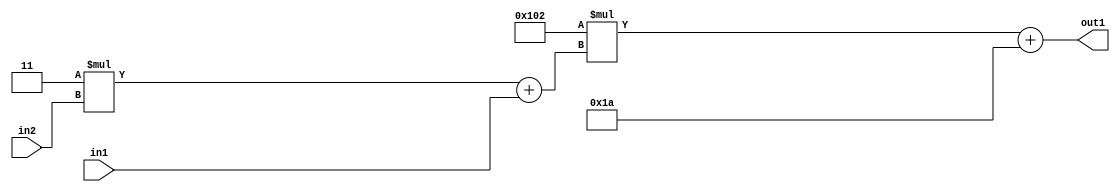
`timescale 1ps / 1ps
/*****************************************************************************
    Verilog RTL Description
    
    
    Created by: Stratus DpOpt 2019.1.01 
*******************************************************************************/

module DC_Filter_Add2i26Mul2i258Add2u1Mul2i3u2_1 (
	in2,
	in1,
	out1
	); /* architecture "behavioural" */ 
input [1:0] in2;
input  in1;
output [11:0] out1;
wire [11:0] asc001;
wire [3:0] asc002;

wire [3:0] asc002_tmp_0;
assign asc002_tmp_0 = 
	+(4'B0011 * in2);
assign asc002 = asc002_tmp_0
	+(in1);

wire [11:0] asc001_tmp_1;
assign asc001_tmp_1 = 
	+(12'B000100000010 * asc002);
assign asc001 = asc001_tmp_1
	+(12'B000000011010);

assign out1 = asc001;
endmodule

/* CADENCE  v7b3SQo= : u9/ySgnWtBlWxVPRXgAZ4Og= ** DO NOT EDIT THIS LINE ******/